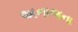
અનાજના